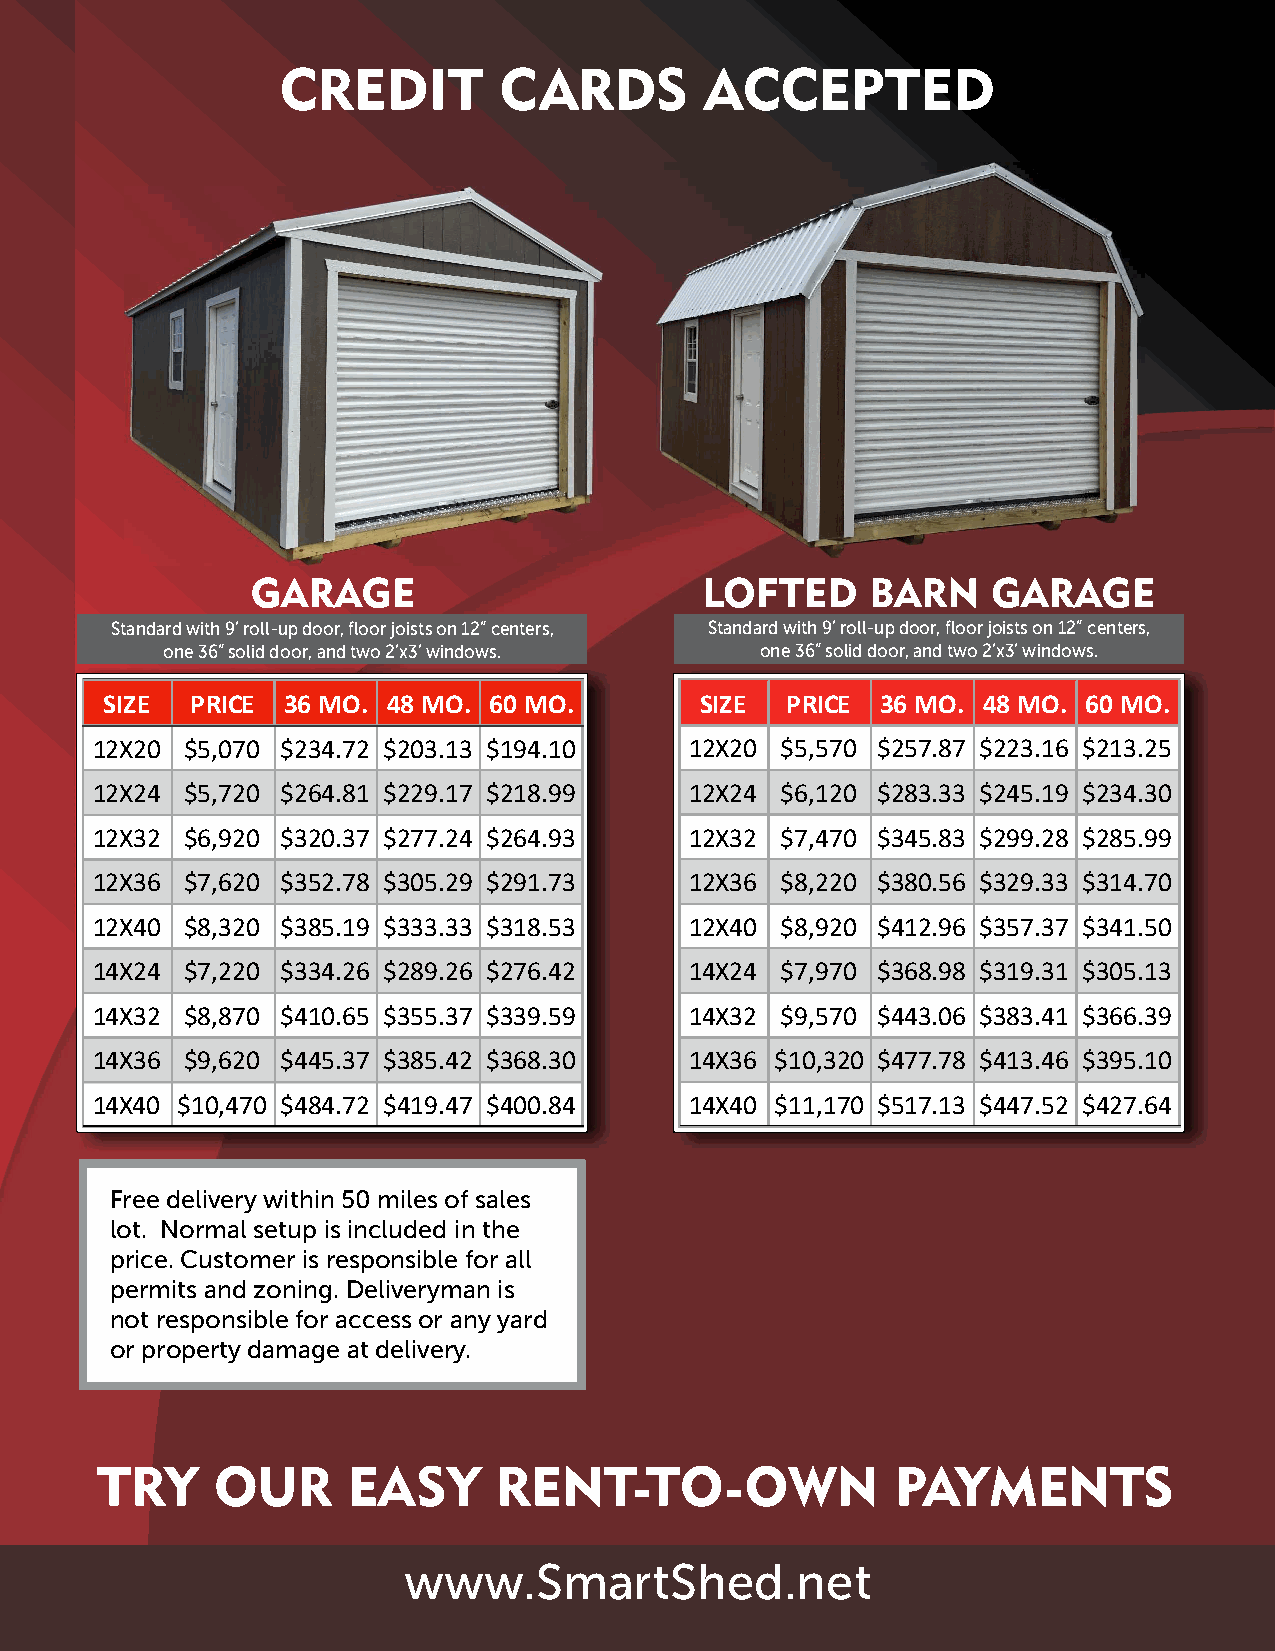
Standard with 9’ roll-up door, floor joists on 12” centers, Standard with 9’ roll-up door, floor joists on 12” centers,
 one 36” solid door, and two 2’x3’ windows. one 36” solid door, and two 2’x3’ windows.
 SIZE  PRICE 36 MO. 48 MO. 60 MO.       SIZE  PRICE 36 MO. 48 MO. 60 MO.
 12X20 $5,070 $234.72 $203.13 $194.10    12X20 $5,570 $257.87 $223.16 $213.25
 12X24 $5,720 $264.81 $229.17 $218.99    12X24 $6,120 $283.33 $245.19 $234.30
 12X32 $6,920 $320.37 $277.24 $264.93    12X32 $7,470 $345.83 $299.28 $285.99
 12X36 $7,620 $352.78 $305.29 $291.73    12X36 $8,220 $380.56 $329.33 $314.70
 12X40 $8,320 $385.19 $333.33 $318.53    12X40 $8,920 $412.96 $357.37 $341.50
 14X24 $7,220 $334.26 $289.26 $276.42    14X24 $7,970 $368.98 $319.31 $305.13
 14X32 $8,870 $410.65 $355.37 $339.59    14X32 $9,570 $443.06 $383.41 $366.39
 14X36 $9,620 $445.37 $385.42 $368.30    14X36 $10,320 $477.78 $413.46 $395.10
 14X40 $10,470 $484.72 $419.47 $400.84   14X40 $11,170 $517.13 $447.52 $427.64
 Free delivery within 50 miles of sales
 lot. Normal setup is included in the
 price. Customer is responsible for all
 permits and zoning. Deliveryman is
 not responsible for access or any yard
 or property damage at delivery.
 www.SmartShed.net